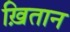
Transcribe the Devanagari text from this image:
ख़ितान